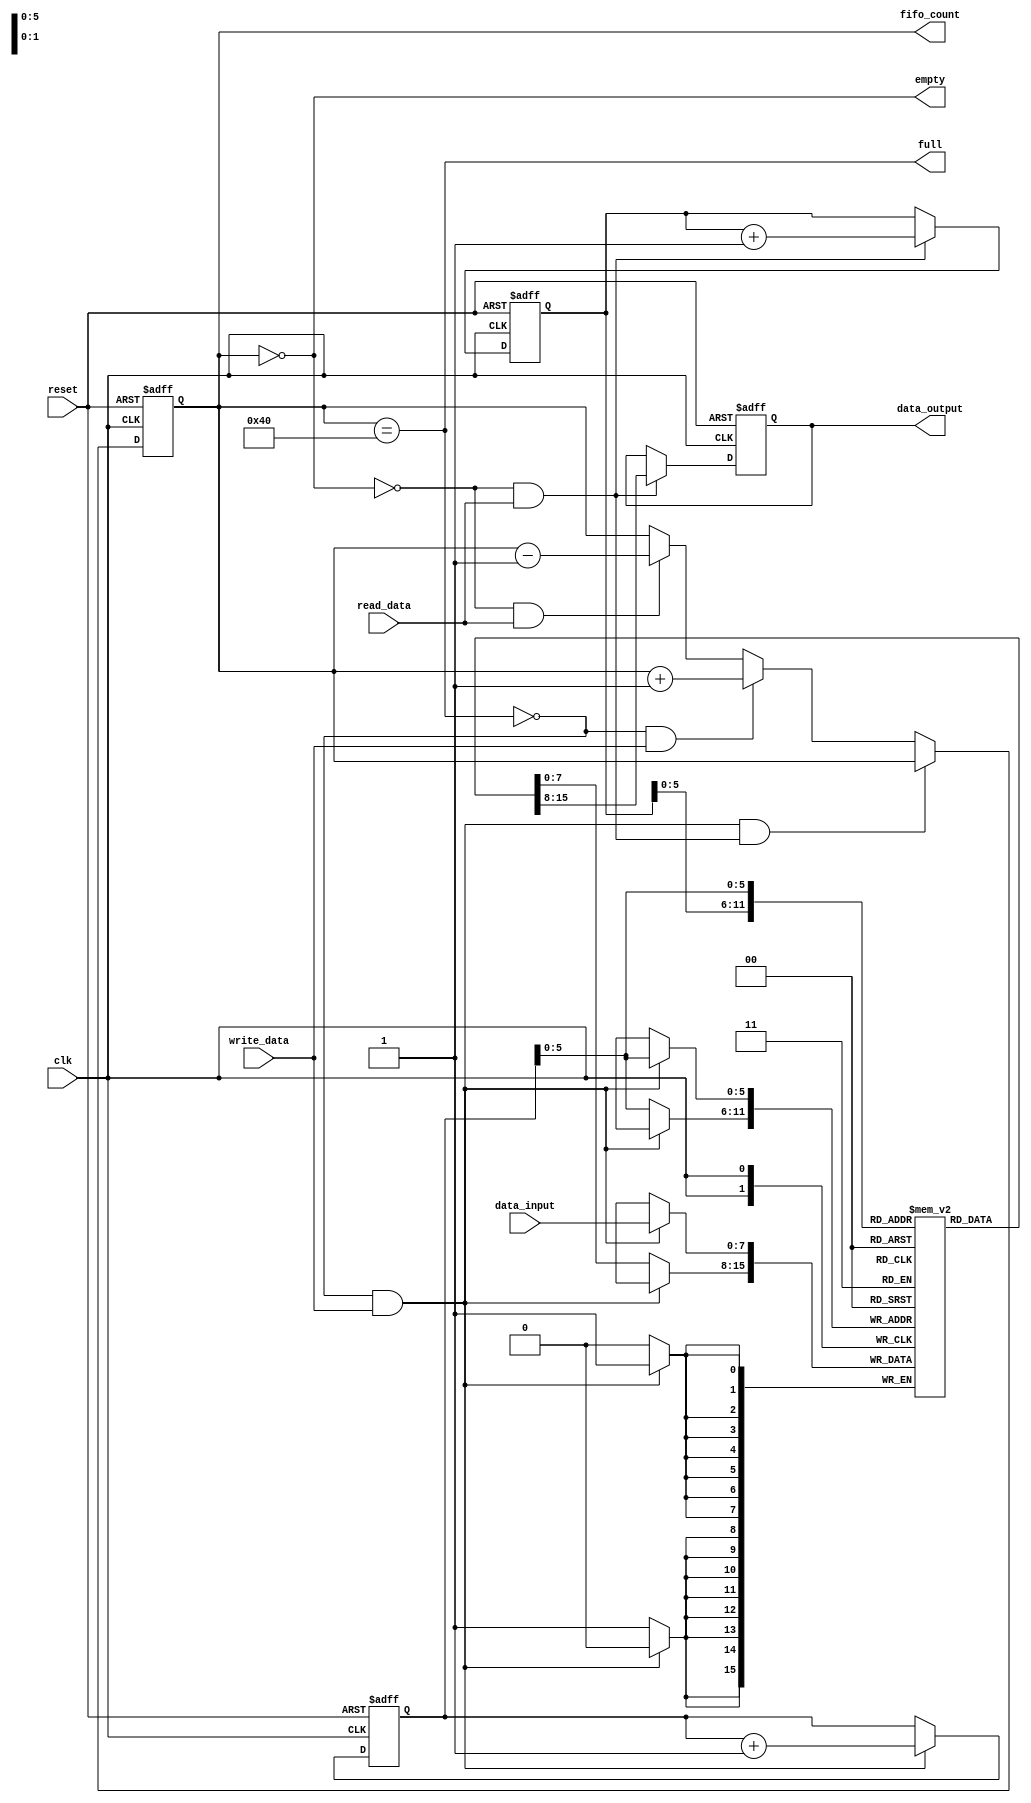
module fifo #(
	parameter data_size = 4'd8,
	parameter buffer_size = 8'd64
	)(
	// control signals
	input wire clk,
	input wire reset,
	input wire read_data,
	input wire write_data,
	output reg full,
	output reg empty,
	// data signals
	input wire [data_size-1:0] data_input,
	output reg [data_size-1:0] data_output,
	output reg [buffer_size-1:0] fifo_count
	);

	reg [buffer_size-1:0] read_pointer,write_pointer;
	reg [data_size-1:0] fifo_buffer [buffer_size-1:0];
	
	// updating full and empty flags
	always @(fifo_count) begin
		empty = (fifo_count == 0);
		full = (fifo_count == buffer_size);
	end
	
	// upating fifo_count
	always @(posedge(clk),posedge(reset)) begin
		if(reset) begin
			fifo_count <= 0;
		end else begin
			if((!full && write_data) && (!empty && read_data)) begin
				fifo_count <= fifo_count;
			end else if(!full & write_data) begin
				fifo_count <= fifo_count + 1;
			end else if(!empty & read_data) begin
				fifo_count <= fifo_count - 1;
			end else begin
				fifo_count <= fifo_count;
			end
		end
	end
	
	// updating data_output
	always @(posedge(clk),posedge(reset)) begin
		if(reset) begin
			data_output <= 0;
		end else begin
			if(!empty && read_data) begin
				data_output <= fifo_buffer[read_pointer];
			end else begin
				data_output <= data_output;
			end
		end
	end
	
	// updating fifo_buffer
	always @(posedge(clk)) begin
		// buffer need not be changed during reset
		// only the read and write pointers are changed
		if(!full && write_data) begin
			fifo_buffer[write_pointer] <= data_input;
		end else begin
			fifo_buffer[write_pointer] <= fifo_buffer[write_pointer];
		end
	end
	
	// updating write_pointer and read_pointer
	always @(posedge(clk),posedge(reset)) begin
		if(reset) begin
			write_pointer <= 0;
			read_pointer <= 0;
		end else begin
			// updating write_pointer
			if(!full && write_data) begin
				write_pointer <= write_pointer + 1;
			end else begin
				write_pointer <= write_pointer;
			end
			
			// updating read_pointer
			if(!empty && read_data) begin
				read_pointer <= read_pointer + 1;
			end else begin
				read_pointer <= read_pointer;
			end
		end
	end

endmodule



//module test_bench();
//	reg CLK;
//	reg RESET;
//	reg [7:0] DATA_INPUT;
//	wire [7:0] DATA_OUTPUT;
//	reg READ_DATA;
//	reg WRITE_DATA;
//	wire FULL;
//	wire EMPTY;
//	wire [3:0] FIFO_COUNT;
//
//	// module instantiations
//	fifo #(.buffer_size(3'd4)) f(
//		.clk(CLK),
//		.reset(RESET),
//		.data_input(DATA_INPUT),
//		.data_output(DATA_OUTPUT),
//		.read_data(READ_DATA),
//		.write_data(WRITE_DATA),
//		.full(FULL),
//		.empty(EMPTY),
//		.fifo_count(FIFO_COUNT)
//	);
//
//	initial begin
//		$dumpfile("simulation.vcd");
//		$dumpvars(0,
//			CLK,
//			RESET,
//			DATA_INPUT,
//			DATA_OUTPUT,
//			READ_DATA,
//			WRITE_DATA,
//			FULL,
//			EMPTY
//		);
//	end
//
//	initial begin
//		CLK = 1'b0;
//		RESET = 1'b1;
//		READ_DATA = 1'b0;
//		WRITE_DATA = 1'b0;
//		DATA_INPUT = 8'd7;
//	end
//
//	always begin 
//		#1 CLK = ~ CLK;
//	end
//
//	initial begin
//		#11 RESET = 1'b0;
//		#10 WRITE_DATA = 1'b1;
//		#2 WRITE_DATA = 1'b0;
//		#2 DATA_INPUT = 8'd6;
//		#10 WRITE_DATA = 1'b1;
//		#2 WRITE_DATA = 1'b0;
//		// read all data (2 bytes) until fifo empty
//		#10 READ_DATA = 1'b1;
//		#2 READ_DATA = 1'b0;
//		#10 READ_DATA = 1'b1;
//		#2 READ_DATA = 1'b0;
//		// read one more byte to check if fifo_count changes
//		#10 READ_DATA = 1'b1;
//		#2 READ_DATA = 1'b0;
//		// write 4 times until fifo full
//		#10 WRITE_DATA = 1'b1;
//		#2 WRITE_DATA = 1'b0;
//		#10 WRITE_DATA = 1'b1;
//		#2 WRITE_DATA = 1'b0;
//		#10 WRITE_DATA = 1'b1;
//		#2 WRITE_DATA = 1'b0;
//		#10 WRITE_DATA = 1'b1;
//		#2 WRITE_DATA = 1'b0;
//		// write after full to check if fifo_count changes
//		#10 WRITE_DATA = 1'b1;
//		#2 WRITE_DATA = 1'b0;
//		
//	end
//
//	initial begin
//		#200 $finish;
//	end
//endmodule